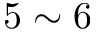
5 \sim 6